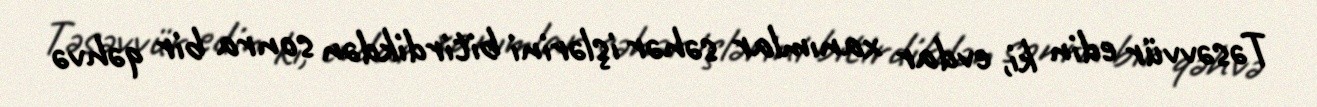
Təsəvvür edin ki, evdar xanımlar səhər işlərini bitirdikdən sonra bir qəhvə